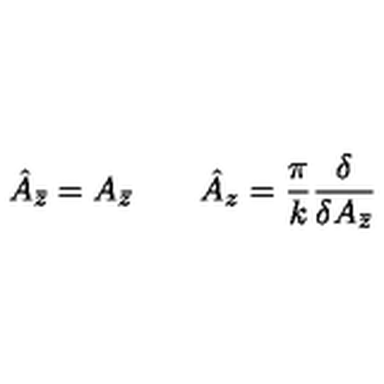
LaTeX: \hat { A } _ { \bar { z } } = A _ { \bar { z } } \qquad \hat { A } _ { z } = \frac { \pi } { k } \frac { \delta } { \delta A _ { \bar { z } } }